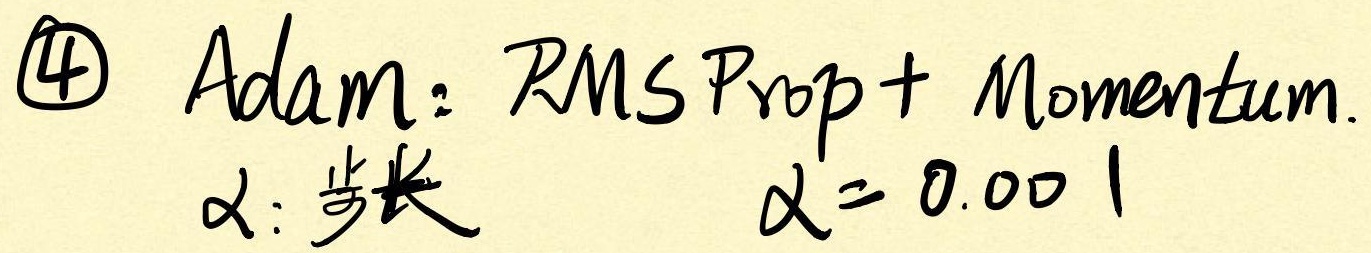
\textcircled{4} Adam：RMSProp + Momentum.
$\alpha$：步长 $\alpha = 0.001$